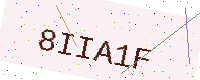
Text: 8IIA1F